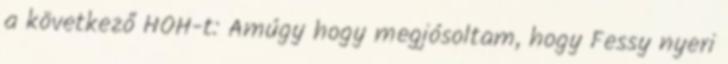
a következő HOH-t: Amúgy hogy megjósoltam, hogy Fessy nyeri